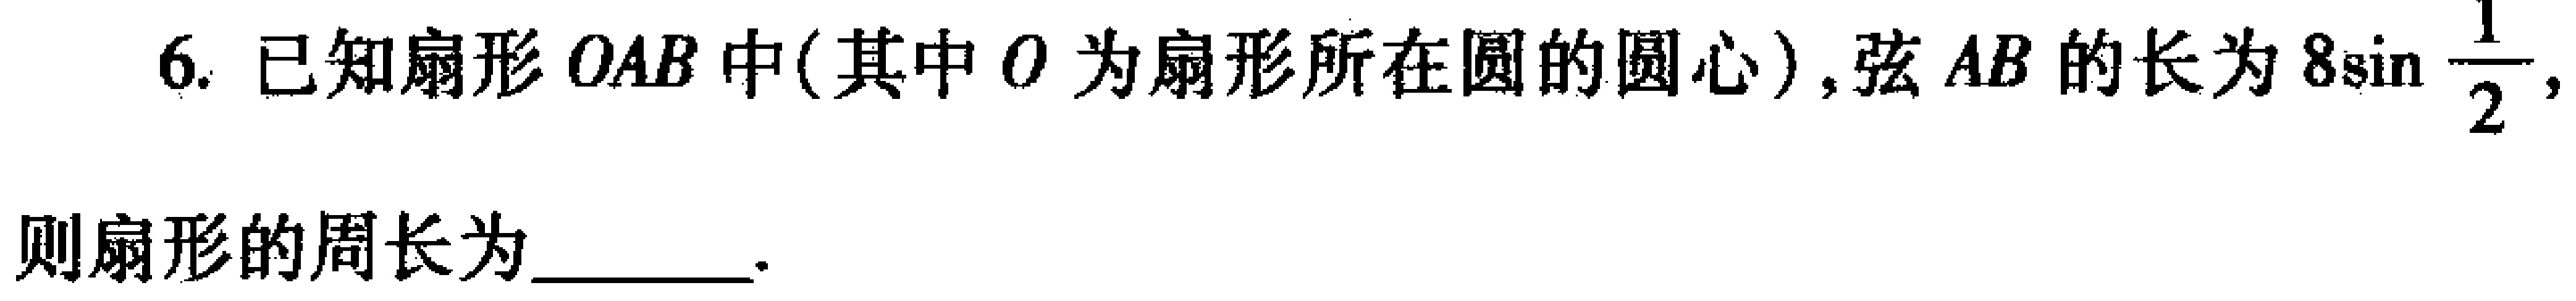
6. 已知扇形\(OAB\)中(其中\(O\)为扇形所在圆的圆心), 弦\(AB\)的长为\(8\sin\frac{1}{2}\), 则扇形的周长为________.